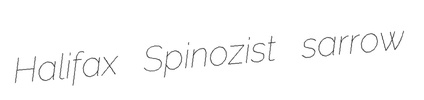
Halifax Spinozist sarrow